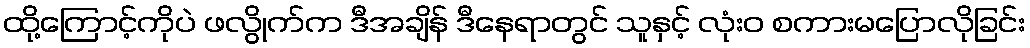
ထို့ကြောင့်ကိုပဲ ဖလွိုက်က ဒီအချိန် ဒီနေရာတွင် သူနှင့် လုံးဝ စကားမပြောလိုခြင်း